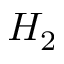
H _ { 2 }